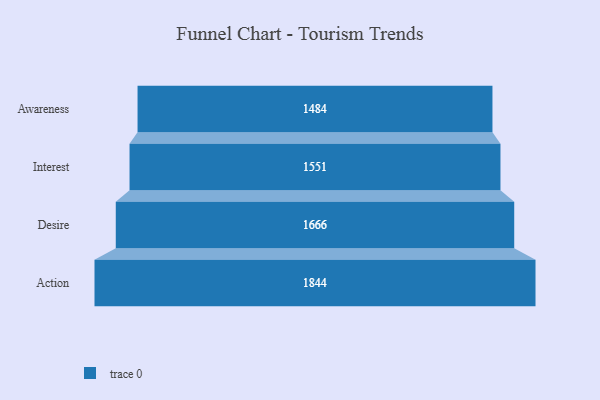
{"axis": {"x": "Stage", "y": "Value"}, "legend": [""], "data": [{"x": "Awareness", "y": 1484.0, "type": ""}, {"x": "Interest", "y": 1551.0, "type": ""}, {"x": "Desire", "y": 1666.0, "type": ""}, {"x": "Action", "y": 1844.0, "type": ""}]}